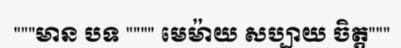
"""មាន បទ """" មេម៉ាយ សប្បាយ ចិត្ត"""